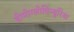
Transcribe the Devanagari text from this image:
हीमोग्लोबिन्युरिया